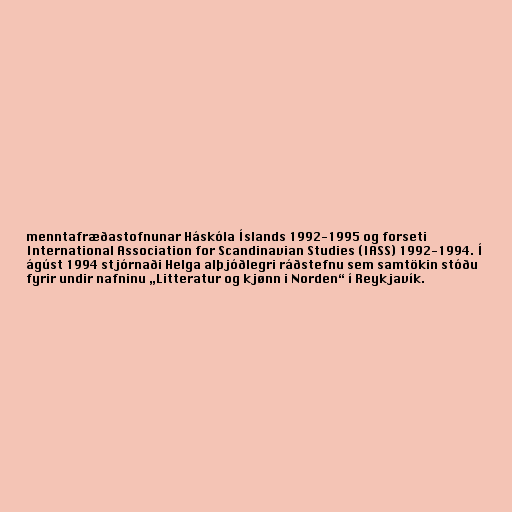
menntafræðastofnunar Háskóla Íslands 1992-1995 og forseti
International Association for Scandinavian Studies (IASS) 1992-1994. Í
ágúst 1994 stjórnaði Helga alþjóðlegri ráðstefnu sem samtökin stóðu
fyrir undir nafninu „Litteratur og kjønn i Norden“ í Reykjavík.